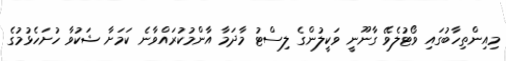
މިއިންތިހާބުގައި ވޯޓުލެވޭ ގާނޫނީ ވަކީލުންގެ ލިސްޓު މާދަމާ އާންމުކުރައްވާނެ ކަމަށާ ޝަކުވާ ހުށަހެޅުމުގެ